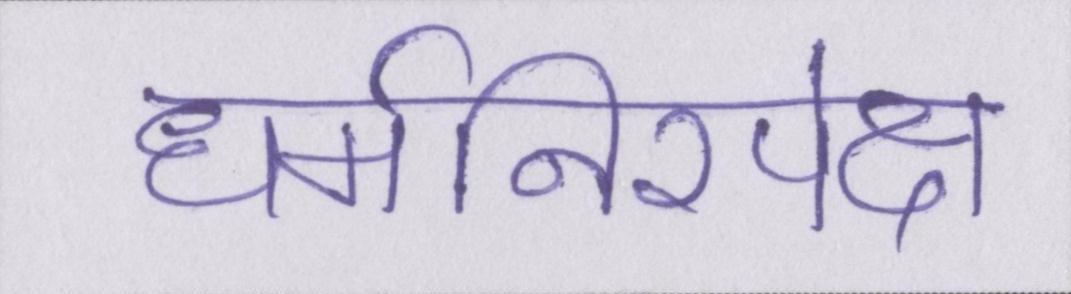
धर्मनिरपेक्ष